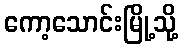
ကော့သောင်းမြို့သို့